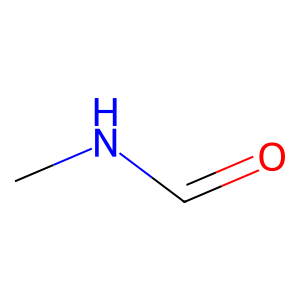
SMILES: CNC=O
Inhibits HIV replication: No